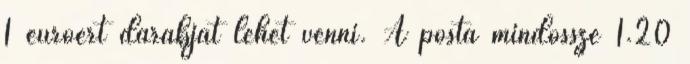
1 euróért darabját lehet venni. A posta mindössze 1.20